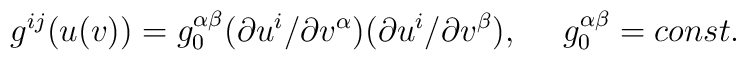
g^{ij}(u(v))=g^{\alpha \beta}_{0}(\partial      u^{i}/ \partial v^{\alpha})(\partial     u^{i}/ \partial v^{\beta}), \ \ \ \ g^{\alpha \beta}_{0}=const.